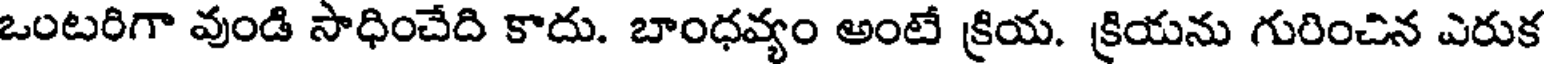
ఒంటరిగా వుండి సాధించేది కాదు. బాంధవ్యం అంటే క్రియ. క్రియను గురించిన ఎరుక